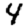
Digit: 4